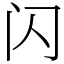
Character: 闪